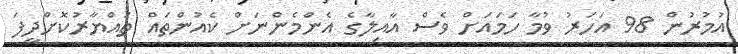
އުމުރުން 98 އަހަރު ވުމާ ހަމައަށް ވެސް އާއިލާގެ އެންމެންނަށް ކެއުންތައް ތައްޔާރުކޮށްދީފަ